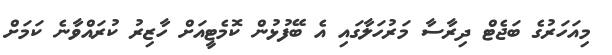
މިއަހަރުގެ ބަޖެޓް ދިރާސާ މަރުހަލާގައި އެ ބޭފުޅުން ކޮމެޓީއަށް ހާޒިރު ކުރައްވާނެ ކަމަށް